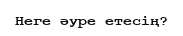
Неге әуре етесің?